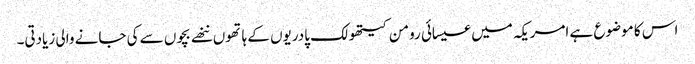
اس کا موضوع ہے امریکہ میں عیسائی رومن کیتھولک پادریوں کے ہاتھوں ننھے بچوں سے کی جانے والی زیادتی۔